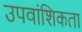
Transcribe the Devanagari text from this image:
उपवांशिकता